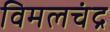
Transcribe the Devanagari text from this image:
विमलचंद्र